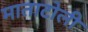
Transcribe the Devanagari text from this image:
माताटोली